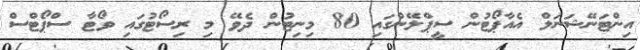
އިންޓަނޭޝަނަލް އެއާޕޯޓުން ސީޕްލޭންގައި 80 މިނިޓުން ދެވޭ މި ރިސޯޓުގައި ވޯޓާ ސްޕޯޓްސް